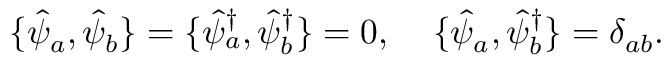
\{ \hat { \psi } _ { a } , \hat { \psi } _ { b } \} = \{ \hat { \psi } _ { a } ^ { \dagger } , \hat { \psi } _ { b } ^ { \dagger } \} = 0 , \; \; \; \; \{ \hat { \psi } _ { a } , \hat { \psi } _ { b } ^ { \dagger } \} = \delta _ { a b } .